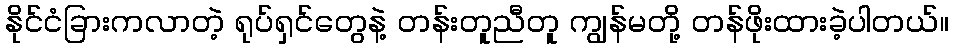
နိုင်ငံခြားကလာတဲ့ ရုပ်ရှင်တွေနဲ့ တန်းတူညီတူ ကျွန်မတို့ တန်ဖိုးထားခဲ့ပါတယ်။